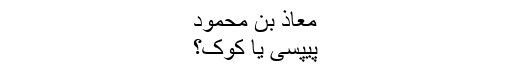
معاذ بن محمود
پیپسی یا کوک؟